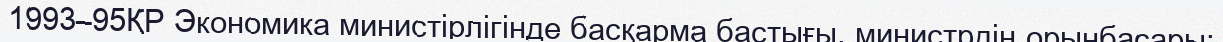
1993–95ҚР Экономика министірлігінде басқарма бастығы, министрдің орынбасары;